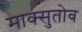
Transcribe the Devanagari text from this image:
माक्सुतोव